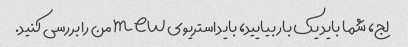
لج، شما باید یک بار بیایید، باید استریوی mew من را بررسی کنید.